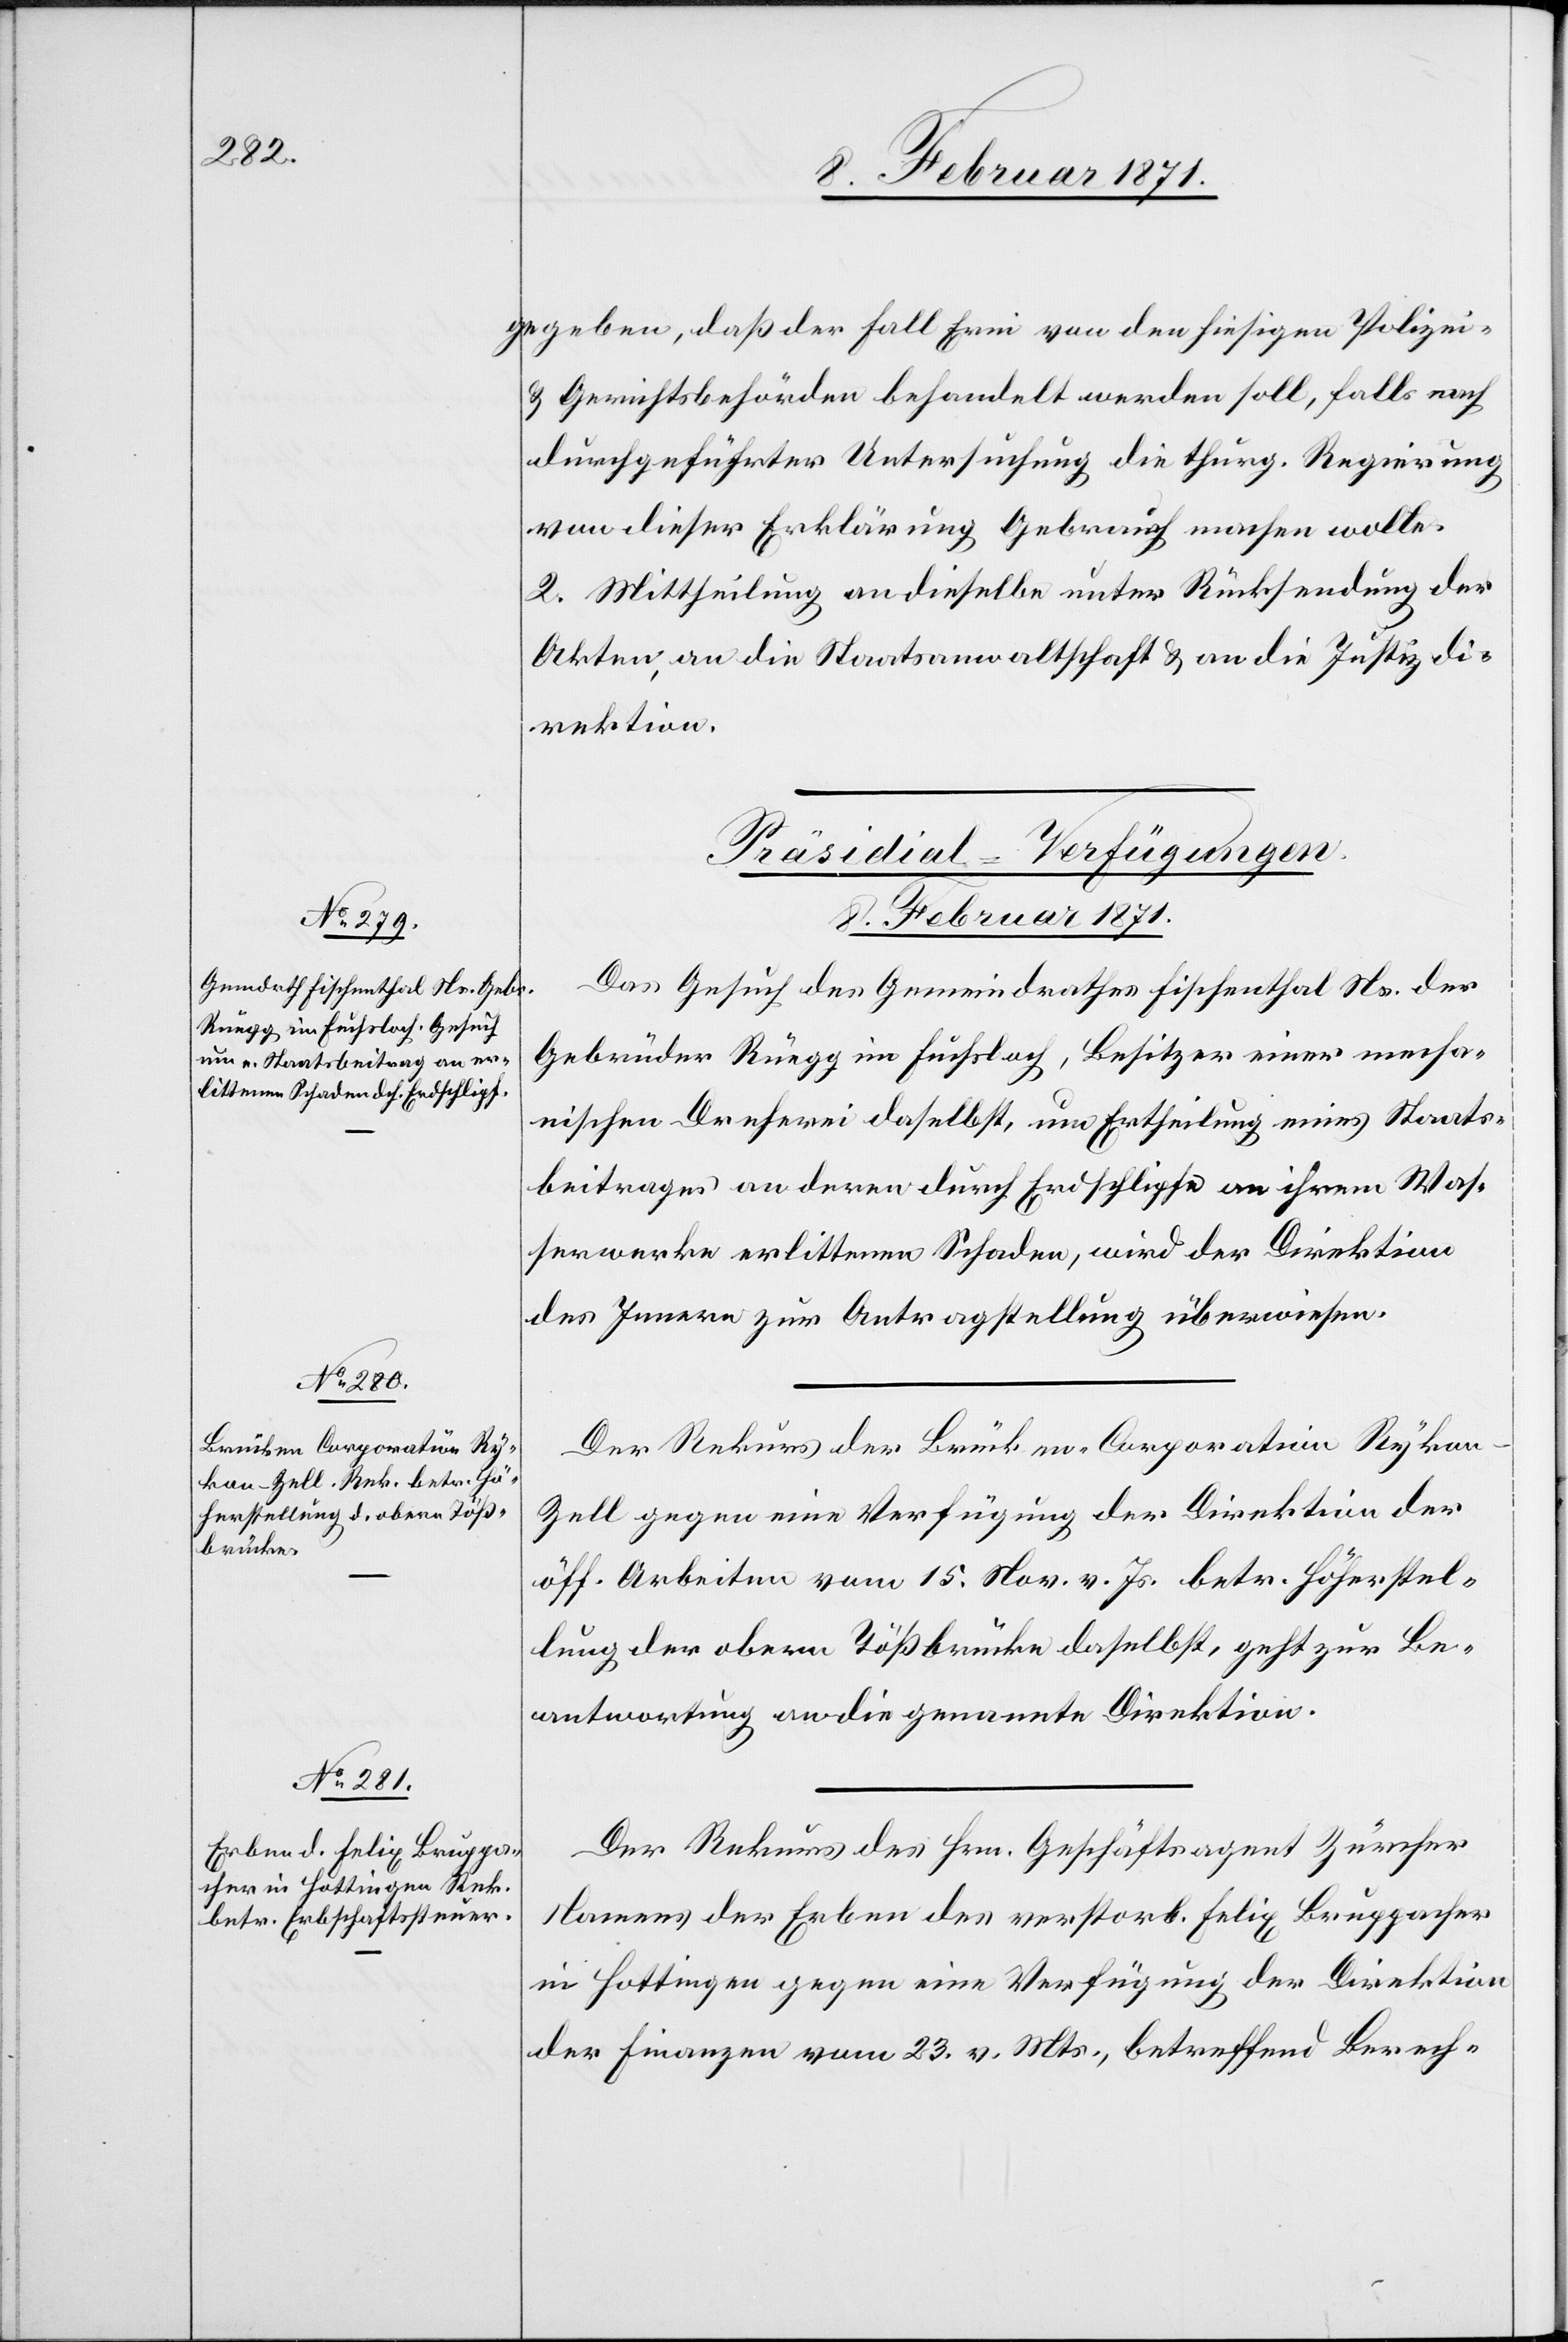
gegeben, daß der Fall Erni von den hiesigen Polizei-
u. Gerichtsbehörden behandelt werden soll, falls nach
durchgeführter Untersuchung die thurg. Regierung
von dieser Erklärung Gebrauch machen wolle.
2. Mittheilung an dieselbe unter Rücksendung der
Akten, an die Staatsanwaltschaft u. a die Justizdi¬
rektion.
[Präsidial-Verfügungen
8. Februar 1871.]
Das Gesuch des Gemeindrathes Fischenthal Ns. der
Gebrüder Rüegg im Fuchsloch, Besitzer einer mecha¬
nischen Dreherei daselbst, um Ertheilung eines Staats¬
beitrages an deren durch Erdschlipfe an ihrem Was¬
serwerke erlittenen Schaden, wird der Direktion
des Innern zur Antragstellung überwiesen.
Der Rekurs der Brücken-Corporation Ryko¬
n-Zell gegen eine Verfügung der Direktion der
öff. Arbeiten vom 15. Nov. v. Js. betr. Höherstel¬
lung der obern Tößbrücke daselbst, geht zur Be¬
antwortung an die genannte Direktion.
Der Rekurs des Hrn. Geschäftsagent Zürcher
Namens der Erben des verstorb. Felix Bruppacher
in Hottingen gegen eine Verfügung der Direktion
der Finanzen vom 23. v. Mts., betreffend Berech-